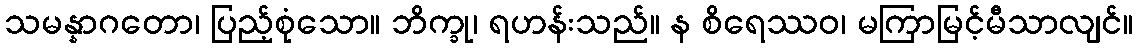
သမန္နာဂတော၊ ပြည့်စုံသော။ ဘိက္ခု၊ ရဟန်းသည်။ န စိရေဿဝ၊ မကြာမြင့်မီသာလျင်။